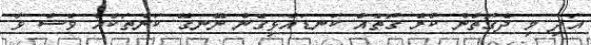
އަދި މި ދެގޮތުން ކުރެ ގޮތެއް ކަނޑައެޅިގެން ނޭނގޭ ކަންތަކެއް ވެސް ވާ